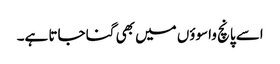
اسے پانچ واسوؤں میں بھی گنا جاتا ہے۔